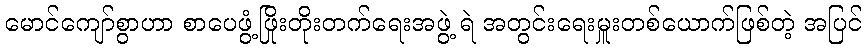
မောင်ကျော်စွာဟာ စာပေဖွံ့ဖြိုးတိုးတက်ရေးအဖွဲ့ ရဲ အတွင်းရေးမှူးတစ်ယောက်ဖြစ်တဲ့ အပြင်